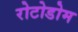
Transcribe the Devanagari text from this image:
रोटोडोम